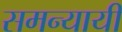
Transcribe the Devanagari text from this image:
समन्यायी